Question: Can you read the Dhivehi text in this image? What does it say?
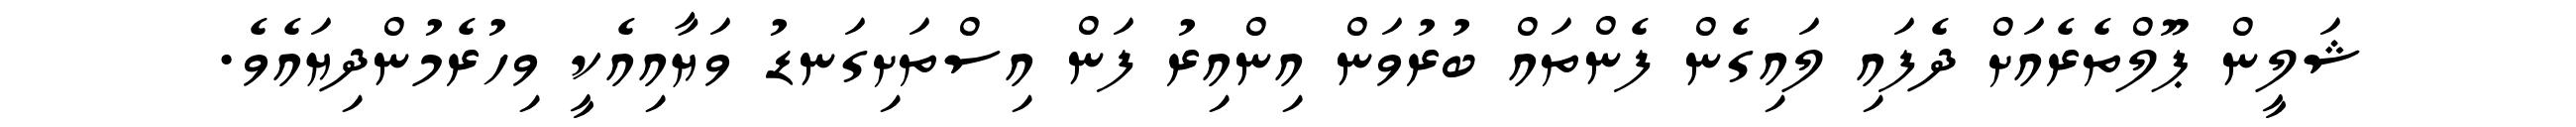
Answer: ޝަލީން ޕޫލްތެރެއަށް ދެފައި ލައިގެން ފެންތައް ބުރުވަން އިންއިރު ފަން އިސްތަށިގަނޑު ވަޔާއިއެކީ ވިހުރެމުންދިޔައެވެ.